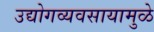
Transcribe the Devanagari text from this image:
उद्योगव्यवसायामुळे